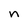
Character: n